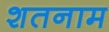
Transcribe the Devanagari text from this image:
शतनाम